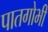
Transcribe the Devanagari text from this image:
पातगोभी